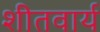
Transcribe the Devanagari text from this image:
शीतवार्य